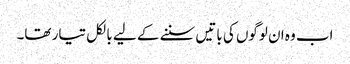
اب وہ ان لوگوں کی باتیں سننے کے لیے بالکل تیار تھا۔